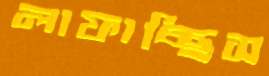
লাফাচ্ছিস